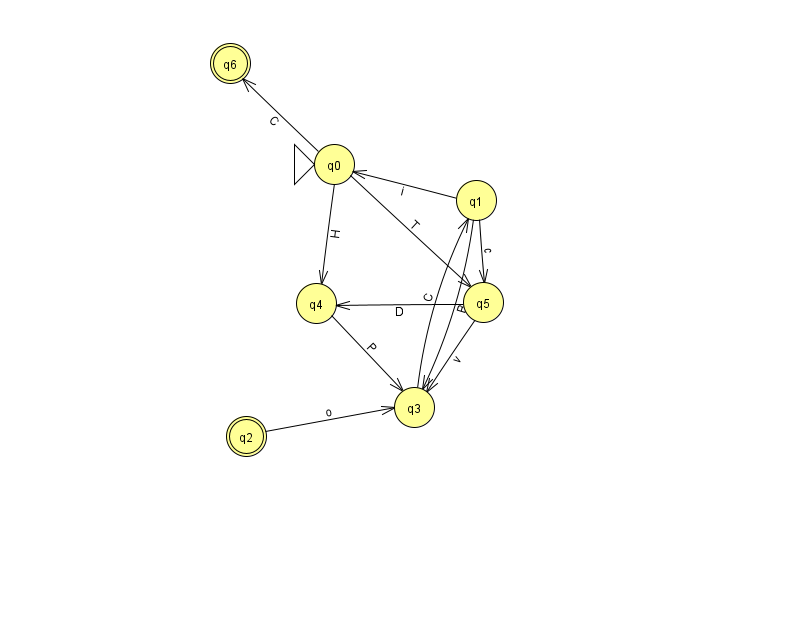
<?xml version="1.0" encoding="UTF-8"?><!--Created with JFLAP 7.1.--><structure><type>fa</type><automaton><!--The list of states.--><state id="0" name="q0"><x>334.0</x><y>151.0</y><initial/></state><state id="1" name="q1"><x>476.0</x><y>187.0</y></state><state id="2" name="q2"><x>246.0</x><y>423.0</y><final/></state><state id="3" name="q3"><x>414.0</x><y>394.0</y></state><state id="4" name="q4"><x>316.0</x><y>290.0</y></state><state id="5" name="q5"><x>483.0</x><y>289.0</y></state><state id="6" name="q6"><x>230.0</x><y>50.0</y><final/></state><!--The list of transitions.--><transition><from>5</from><to>3</to><read>v</read></transition><transition><from>0</from><to>6</to><read>C</read></transition><transition><from>1</from><to>5</to><read>c</read></transition><transition><from>0</from><to>4</to><read>H</read></transition><transition><from>0</from><to>5</to><read>T</read></transition><transition><from>1</from><to>3</to><read>B</read></transition><transition><from>3</from><to>1</to><read>C</read></transition><transition><from>5</from><to>4</to><read>D</read></transition><transition><from>4</from><to>3</to><read>P</read></transition><transition><from>1</from><to>0</to><read>i</read></transition><transition><from>2</from><to>3</to><read>o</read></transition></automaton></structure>